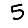
Digit: 5